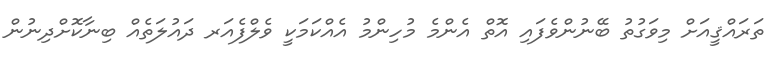
ތަރައްޤީއަށް މިވަގުތު ބޭނުންވެފައި އޮތް އެންމެ މުހިންމު އެއްކަމަކީ ވެލްފެއަރ ދައުލަތެއް ބިނާކޮށްދިނުން